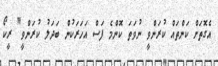
އެގޮތަށް ކަންތައް ކުރަންވީ ނުވަތަ ކޮންމެ ފަސް އަހަރަކުން ބަދަލު ކުރަންވީ" ރީކޯ